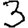
Digit: 3